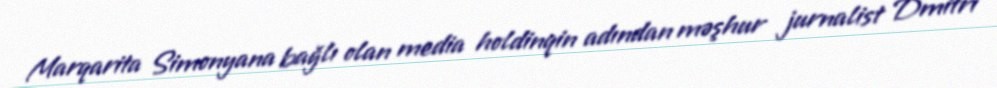
Marqarita Simonyana bağlı olan media holdinqin adından məşhur jurnalist Dmitri